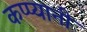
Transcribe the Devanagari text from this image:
कप्प्यानी